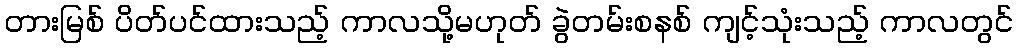
တားမြစ် ပိတ်ပင်ထားသည့် ကာလသို့မဟုတ် ခွဲတမ်းစနစ် ကျင့်သုံးသည့် ကာလတွင်